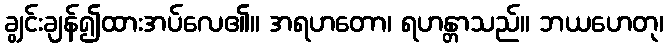
ချွင်းချန်၍ထားအပ်လေ၏။ အရဟတော၊ ရဟန္တာသည်။ ဘယဟေတု၊